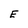
Character: E